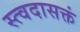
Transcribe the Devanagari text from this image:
स्त्वदासक्तं